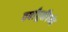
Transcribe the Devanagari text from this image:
वर्षांपूर्वीपर्यत